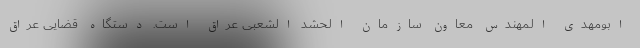
ابومهدی المهندس معاون سازمان الحشد الشعبی عراق است. دستگاه قضایی عراق